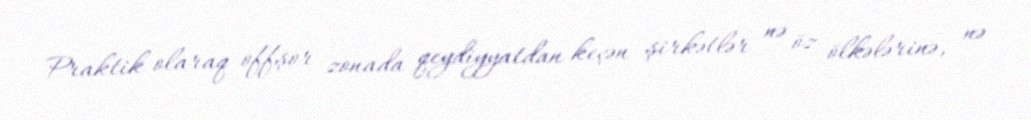
Praktik olaraq offşor zonada qeydiyyatdan keçən şirkətlər nə öz ölkələrinə, nə